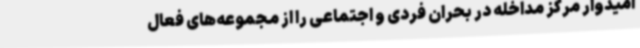
امیدوار مرکز مداخله در بحران فردی و اجتماعی را از مجموعه‌های فعال